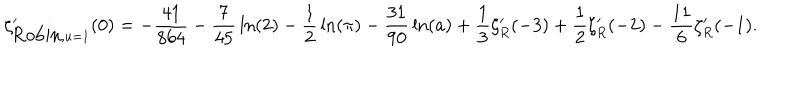
LaTeX: \zeta _ { { \mathrm { R o b i n } } , u = 1 } ^ { \prime } ( 0 ) = - { \frac { 4 1 } { 8 6 4 } } - { \frac { 7 } { 4 5 } } \ln ( 2 ) - { \frac { 1 } { 2 } } \ln ( \pi ) - { \frac { 3 1 } { 9 0 } } \ln ( a ) + { \frac { 1 } { 3 } } \zeta _ { R } ^ { \prime } ( - 3 ) + { \frac { 1 } { 2 } } \zeta _ { R } ^ { \prime } ( - 2 ) - { \frac { 1 1 } { 6 } } \zeta _ { R } ^ { \prime } ( - 1 ) .